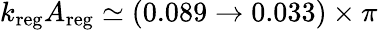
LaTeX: k_{\mathrm{reg}}A_{\mathrm{reg}}\simeq(0.089\rightarrow 0.033)\times\pi